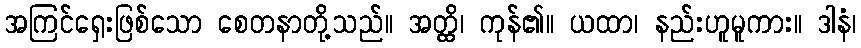
အကြင်ရှေးဖြစ်သော စေတနာတို့သည်။ အတ္ထိ၊ ကုန်၏။ ယထာ၊ နည်းဟူမူကား။ ဒါနံ၊